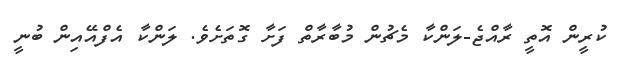
ކުރީން އޮތީ ރާއްޖެ-ލަންކާ މެޗުން މުބާރާތް ފަށާ ގޮތަށެވެ. ލަންކާ އެފްއޭއިން ބުނީ